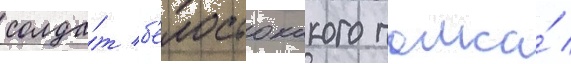
солда́т б'елостокского полка́ /